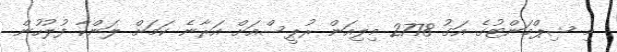
މި ޝިޕްމަންޓުގެ އަގު 2778 މިލިއަން ރުޕީސްއަށް އަރާނެ ކަމަށް ލަންކާ ފުލުހުން